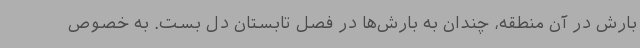
بارش در آن منطقه، چندان به بارش‌ها در فصل تابستان دل بست. به خصوص